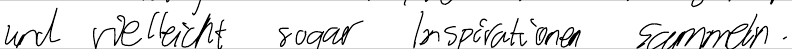
und vielleicht sogar Inspirationen sammeln.